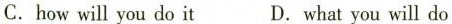
C.how will you do it D.what you will do